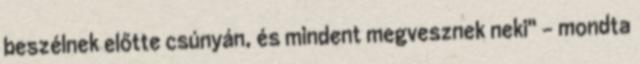
beszélnek előtte csúnyán, és mindent megvesznek neki" - mondta